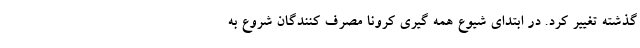
گذشته تغییر کرد. در ابتدای شیوع همه گیری کرونا مصرف کنندگان شروع به